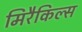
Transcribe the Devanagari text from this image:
मिरैकिल्स